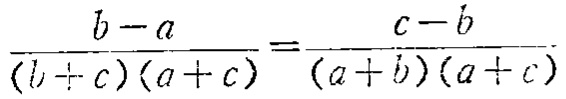
\(\frac{b - a}{(b + c)(a + c)}=\frac{c - b}{(a + b)(a + c)}\)